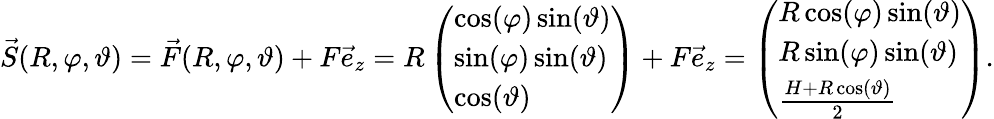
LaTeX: \vec{S}(R,\varphi,\vartheta)=\vec{F}(R,\varphi,\vartheta)+F\vec{e}_{z}=R\left(\begin{array}{l}{\cos(\varphi)\sin(\vartheta)}\\ {\sin(\varphi)\sin(\vartheta)}\\ {\cos(\vartheta)}\end{array}\right)+F\vec{e}_{z}=\left(\begin{array}{l}{R\cos(\varphi)\sin(\vartheta)}\\ {R\sin(\varphi)\sin(\vartheta)}\\ {\frac{H+R\cos(\vartheta)}{2}}\end{array}\right).